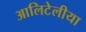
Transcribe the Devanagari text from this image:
आलिटेलीया